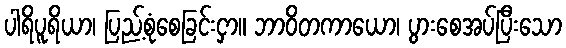
ပါရိပူရိယာ၊ ပြည့်စုံစေခြင်းငှာ။ ဘာဝိတကာယော၊ ပွားစေအပ်ပြီးသော